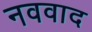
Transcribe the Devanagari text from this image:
नववाद